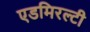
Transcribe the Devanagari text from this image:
एडमिरल्‍टी